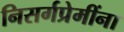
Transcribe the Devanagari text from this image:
निसर्गप्रेमींना